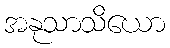
အနုသာသိယော